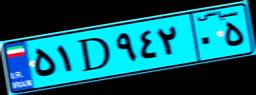
۲۶D۴۶۷۷۸